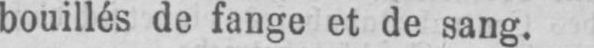
bouillés de fange et de sang.